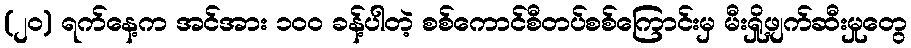
(၂၀) ရက်နေ့က အင်အား ၁၀၀ ခန့်ပါတဲ့ စစ်ကောင်စီတပ်စစ်ကြောင်းမှ မီးရှို့ဖျက်ဆီးမှုတွေ